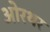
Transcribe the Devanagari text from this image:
ओरथर